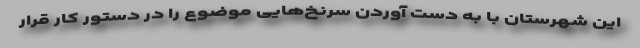
این شهرستان با به دست آوردن سرنخ‌هایی موضوع را در دستور کار قرار